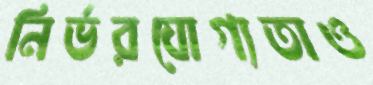
নির্ভরযোগ্যতাও